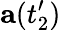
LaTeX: \mathbf{a}(t_{2}^{\prime})